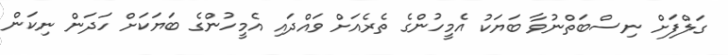
ގަލްފަށް ނިސްބަތްނުވާ ބަޔަކު އެމީހުންގެ ތެރެއަށް ވައްދައި އެމީހުންގެ ބަޔަކަށް ހަދަން ނިކަން